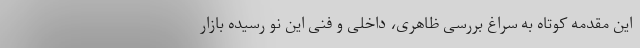
این مقدمه کوتاه به سراغ بررسی ظاهری، داخلی و فنی این نو رسیده بازار